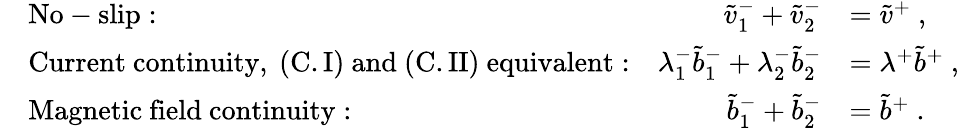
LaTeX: \begin{array}{rlrl}&{\mathrm{No-slip:}}&{\tilde{v}_{1}^{-}+\tilde{v}_{2}^{-}}&{=\tilde{v}^{+}~,}\\ &{\mathrm{Current~continuity,~(C.I)~and~(C.II)~equivalent:}}&{\lambda_{1}^{-}\tilde{b}_{1}^{-}+\lambda_{2}^{-}\tilde{b}_{2}^{-}}&{=\lambda^{+}\tilde{b}^{+}~,}\\ &{\mathrm{Magnetic~field~continuity:}}&{\tilde{b}_{1}^{-}+\tilde{b}_{2}^{-}}&{=\tilde{b}^{+}~.}\end{array}